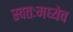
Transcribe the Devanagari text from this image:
स्वतःमध्येच